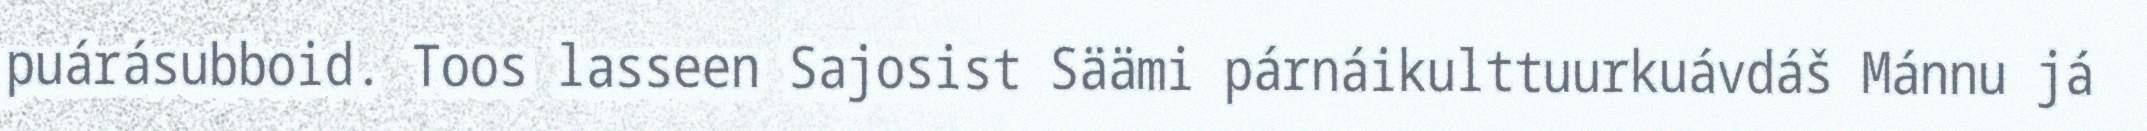
puárásubboid. Toos lasseen Sajosist Säämi párnáikulttuurkuávdáš Mánnu já